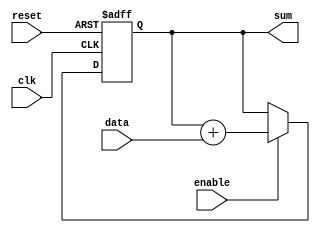
module accumulator (
    input wire clk,         // Clock input
    input wire reset,       // Reset input
    input wire enable,      // Enable input
    input wire data,        // Input data
    output reg [15:0] sum   // Output accumulated sum
);

reg [15:0] current_sum;    // Variable to store the current sum

always @(posedge clk or posedge reset) begin
    if (reset) begin
        current_sum <= 16'd0;    // Reset the current sum to 0
    end else begin
        if (enable) begin
            current_sum <= current_sum + data;    // Add the input data to the current sum
        end
    end
end

assign sum = current_sum;    // Output the final accumulated sum

endmodule